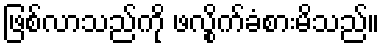
ဖြစ်လာသည်ကို ဖလွိုက်ခံစားမိသည်။